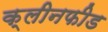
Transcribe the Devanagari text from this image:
क्लीनफीड